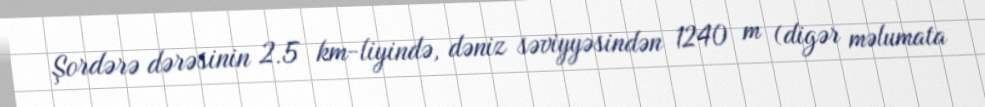
Şordərə dərəsinin 2.5 km-liyində, dəniz səviyyəsindən 1240 m (digər məlumata